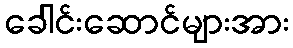
ခေါင်းဆောင်များအား